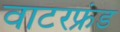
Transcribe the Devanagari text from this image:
वाटरफ्रंड